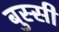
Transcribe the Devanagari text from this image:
बुस्सी